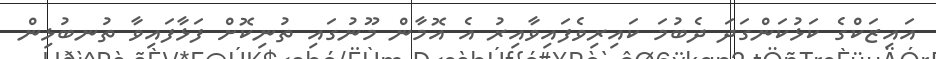
އައިޒަކްގެ ކަޅުކަންގަދަ ދެބުމަ ކައިރިވެފައިވާއިރު އެ އޮމާން މޫނުގައި ތުނިކޮށް ފަޅާފައިވާ ތުނބުޅިން